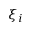
\xi _ { i }